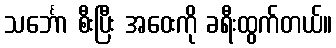
သင်္ဘော စီးပြီး အဝေးကို ခရီးထွက်တယ်။